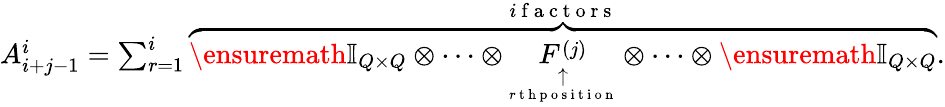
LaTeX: \begin{array}{r}{A_{i+j-1}^{i}=\sum_{r=1}^{i}\overset{i\mathrm{~f~a~c~t~o~r~s~}}{\overbrace{\ensuremath{\mathbb{I}_{Q\times Q}}\otimes\cdots\otimes\underset{\underset{r\mathrm{~t~h~p~o~s~i~t~i~o~n~}}{\uparrow}}{F^{(j)}}\otimes\cdots\otimes\ensuremath{\mathbb{I}_{Q\times Q}}}}.}\end{array}